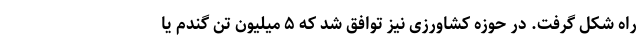
راه شکل گرفت. در حوزه کشاورزی نیز توافق شد که ۵ میلیون تن گندم یا